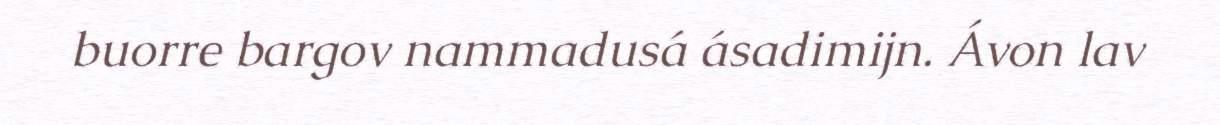
buorre bargov nammadusá ásadimijn. Ávon lav